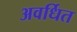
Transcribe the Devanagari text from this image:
अवर्धित